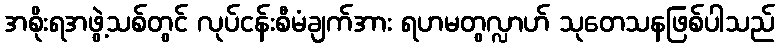
အစိုးရအဖွဲ့သစ်တွင် လုပ်ငန်းစီမံချက်အား ရဟမတွလ္လာဟ် သုတေသနဖြစ်ပါသည်